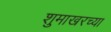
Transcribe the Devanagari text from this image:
शुमाखरच्या